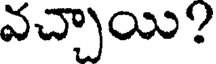
వచ్చాయి?